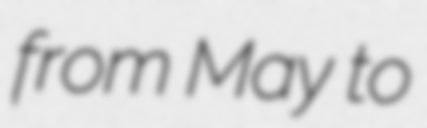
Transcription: from May to